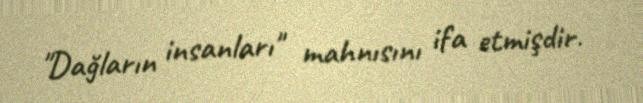
"Dağların insanları" mahnısını ifa etmişdir.